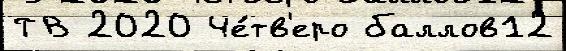
ТВ 2020 Че́тв'еро баллов12